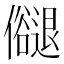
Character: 𠑉